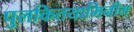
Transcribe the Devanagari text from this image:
पुलकितयामिनीम्